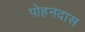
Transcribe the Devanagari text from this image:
पोहनदास